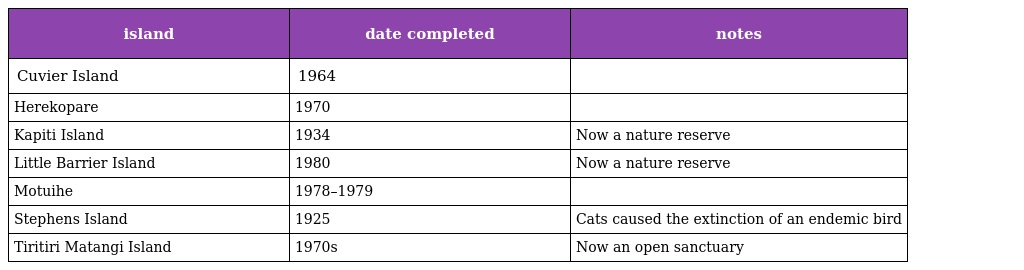
| island | date completed | notes |
 | --- | --- | --- |
 | Cuvier Island | 1964 |  |
 | Herekopare | 1970 |  |
 | Kapiti Island | 1934 | Now a nature reserve |
 | Little Barrier Island | 1980 | Now a nature reserve |
 | Motuihe | 1978–1979 |  |
 | Stephens Island | 1925 | Cats caused the extinction of an endemic bird |
 | Tiritiri Matangi Island | 1970s | Now an open sanctuary |